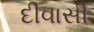
દીવાસી